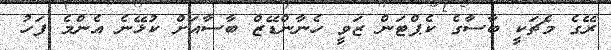
ރޭގެ މެޗަކީ ބާސާގެ ކެޕްޓަން ޒަވީ ހެނާންޑޭޒް ބާސާއަށް ކުޅޭނެ އެންމެ ފަހު